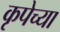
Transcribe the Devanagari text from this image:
कृपेच्या